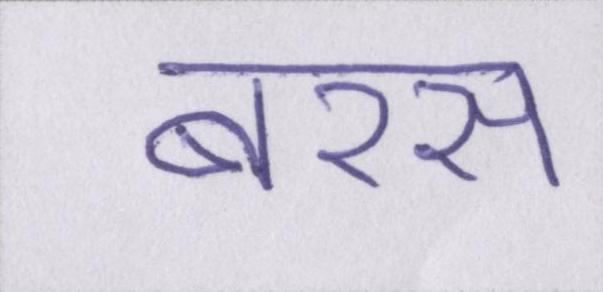
बरस